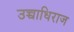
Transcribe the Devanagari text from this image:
उच्चाधिराज